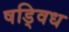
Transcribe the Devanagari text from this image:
षड्विध